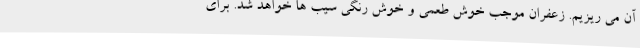
آن می ریزیم. زعفران موجب خوش طعمی و خوش رنگی سیب ها خواهد شد. برای